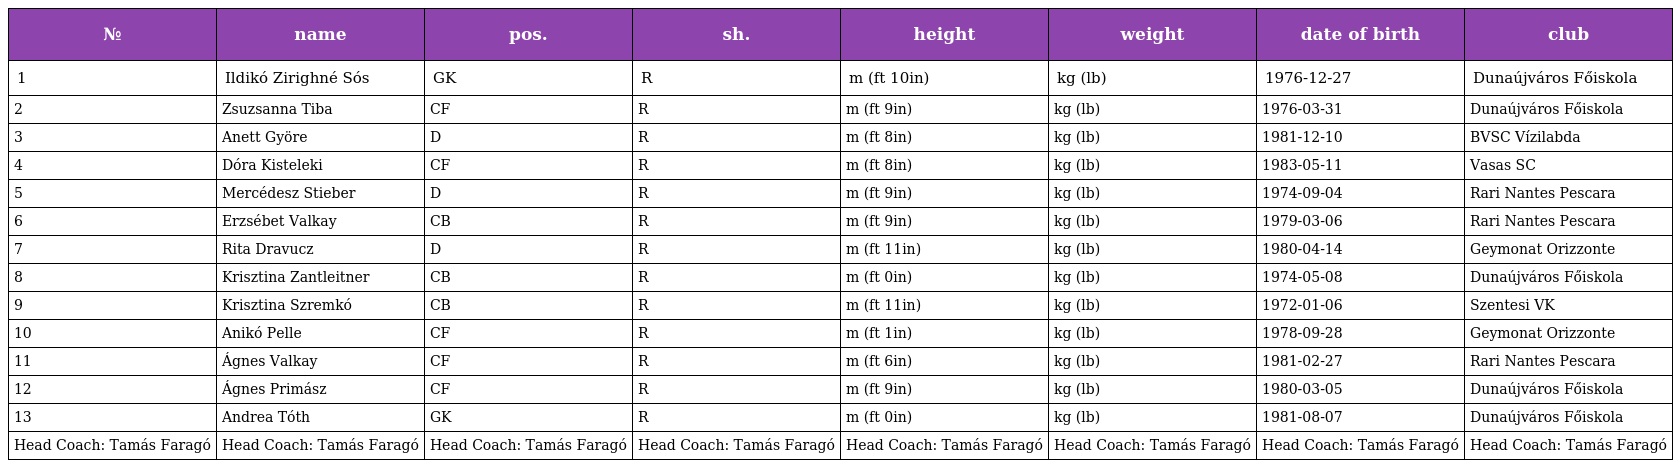
| № | name | pos. | sh. | height | weight | date of birth | club |
 | --- | --- | --- | --- | --- | --- | --- | --- |
 | 1 | Ildikó Zirighné Sós | GK | R | m (ft 10in) | kg (lb) | 1976-12-27 | Dunaújváros Főiskola |
 | 2 | Zsuzsanna Tiba | CF | R | m (ft 9in) | kg (lb) | 1976-03-31 | Dunaújváros Főiskola |
 | 3 | Anett Györe | D | R | m (ft 8in) | kg (lb) | 1981-12-10 | BVSC Vízilabda |
 | 4 | Dóra Kisteleki | CF | R | m (ft 8in) | kg (lb) | 1983-05-11 | Vasas SC |
 | 5 | Mercédesz Stieber | D | R | m (ft 9in) | kg (lb) | 1974-09-04 | Rari Nantes Pescara |
 | 6 | Erzsébet Valkay | CB | R | m (ft 9in) | kg (lb) | 1979-03-06 | Rari Nantes Pescara |
 | 7 | Rita Dravucz | D | R | m (ft 11in) | kg (lb) | 1980-04-14 | Geymonat Orizzonte |
 | 8 | Krisztina Zantleitner | CB | R | m (ft 0in) | kg (lb) | 1974-05-08 | Dunaújváros Főiskola |
 | 9 | Krisztina Szremkó | CB | R | m (ft 11in) | kg (lb) | 1972-01-06 | Szentesi VK |
 | 10 | Anikó Pelle | CF | R | m (ft 1in) | kg (lb) | 1978-09-28 | Geymonat Orizzonte |
 | 11 | Ágnes Valkay | CF | R | m (ft 6in) | kg (lb) | 1981-02-27 | Rari Nantes Pescara |
 | 12 | Ágnes Primász | CF | R | m (ft 9in) | kg (lb) | 1980-03-05 | Dunaújváros Főiskola |
 | 13 | Andrea Tóth | GK | R | m (ft 0in) | kg (lb) | 1981-08-07 | Dunaújváros Főiskola |
 | Head Coach: Tamás Faragó | Head Coach: Tamás Faragó | Head Coach: Tamás Faragó | Head Coach: Tamás Faragó | Head Coach: Tamás Faragó | Head Coach: Tamás Faragó | Head Coach: Tamás Faragó | Head Coach: Tamás Faragó |